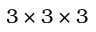
3 \times 3 \times 3